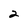
Character: 2